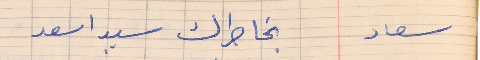
سعاد        بخاطرك سيد اسعد